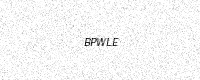
Text: BPWLE